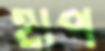
হাপ